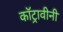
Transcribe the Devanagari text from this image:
कॉट्रावीनी